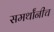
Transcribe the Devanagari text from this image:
समर्थांनीच